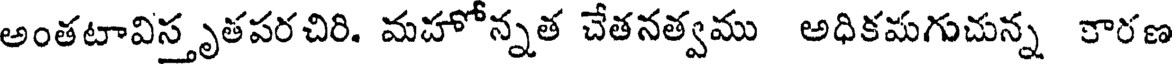
అంతటావిస్తృతపరచిరి. మహోన్నత చేతనత్వము అధికమగుచున్న కారణ